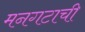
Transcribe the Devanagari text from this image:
मनगटाची